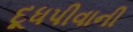
દૂધપીવાની